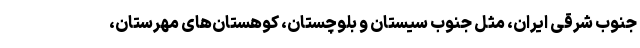
جنوب شرقی ایران، مثل جنوب سیستان و بلوچستان، کوهستان‌های مهرستان،